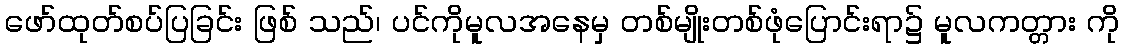
ဖော်ထုတ်စပ်ပြခြင်း ဖြစ် သည်၊ ပင်ကိုမူလအနေမှ တစ်မျိုးတစ်ဖုံပြောင်းရာ၌ မူလကတ္တား ကို